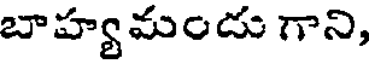
బాహ్యమందు గాని,